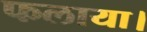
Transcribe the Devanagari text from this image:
फलाया।